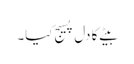
بیٹے کا دل پسیج کیا۔